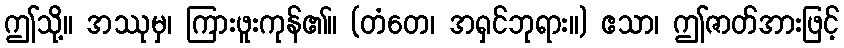
ဤသို့။ အဿုမှ၊ ကြားဖူးကုန်၏။ (တံတေ၊ အရှင်ဘုရား။) ဧသာ၊ ဤဇာတ်အားဖြင့်